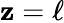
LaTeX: \mathbf{z}=\ell